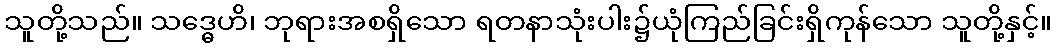
သူတို့သည်။ သဒ္ဓေဟိ၊ ဘုရားအစရှိသော ရတနာသုံးပါး၌ယုံကြည်ခြင်းရှိကုန်သော သူတို့နှင့်။